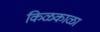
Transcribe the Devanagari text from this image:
किळकाळा